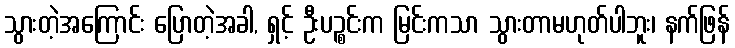
သွားတဲ့အကြောင်း ပြောတဲ့အခါ, ရှင့် ဦးပဉ္စင်းက မြင်းကသာ သွားတာမဟုတ်ပါဘူး၊ နက်ဖြန်